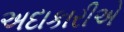
અદાકારીએ